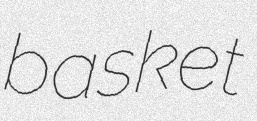
basket